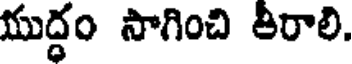
యుద్ధం సాగించి తీరాలి.